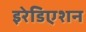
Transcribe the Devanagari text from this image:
इरेडिएशन